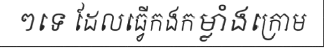
ៗទេ ដែលធ្វើកងកម្លាំងក្រោម